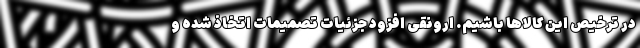
در ترخیص این کالاها باشیم. ارونقی افزود جزئیات تصمیمات اتخاذ شده و